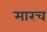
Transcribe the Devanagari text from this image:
मारच